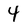
Character: 4